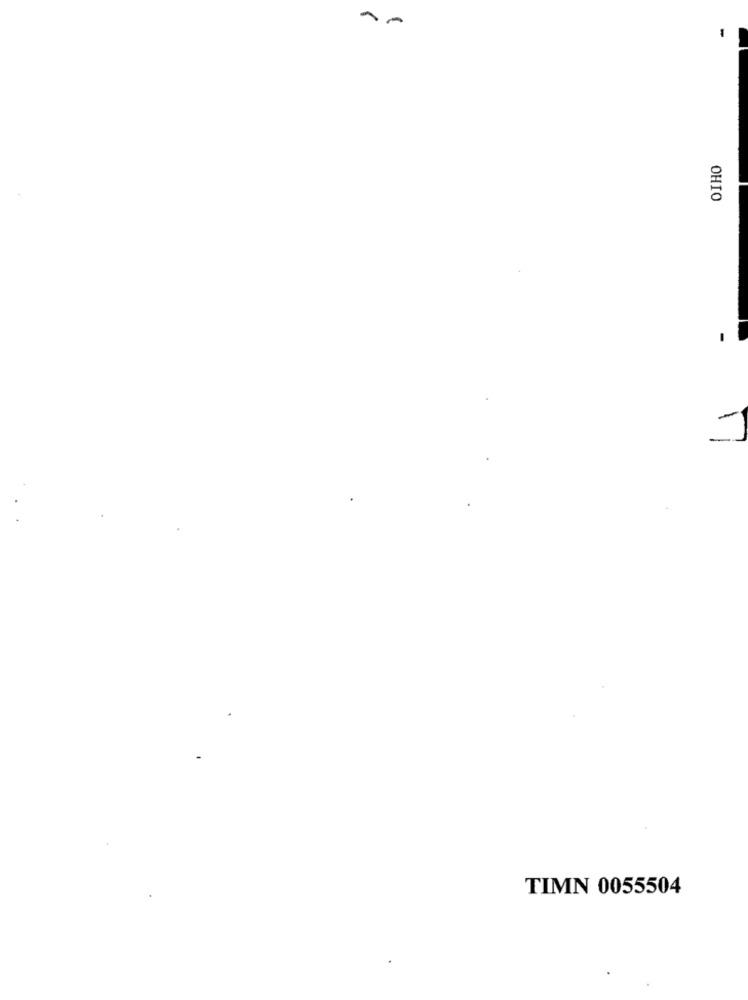
OHIO
TIMN 0055504